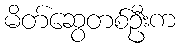
မိတ်ဆွေတစ်ဦးက